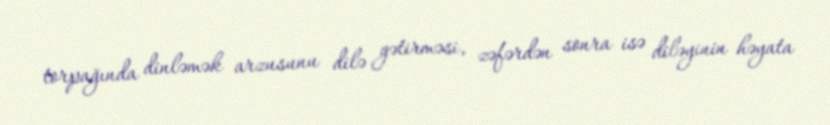
torpağında dinləmək arzusunu dilə gətirməsi, zəfərdən sonra isə diləyinin həyata